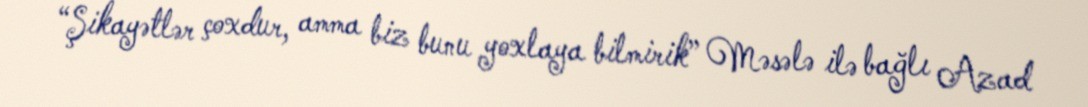
“Şikayətlər çoxdur, amma biz bunu yoxlaya bilmirik” Məsələ ilə bağlı Azad